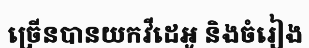
ច្រើនបានយកវីដេអូ និងចំរៀង